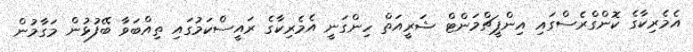
އެމެރިކާގެ ކޮންގްރެސްގައި އިންޕީޗްމަންޓް ޝަރީއަތް ހިންގަނީ އެމެރިކާގެ ރައީސްކަމުގައި ތިއްބަވާ ބޭފުޅުން މަގާމުން